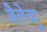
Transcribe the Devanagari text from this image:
बैलेव्यु